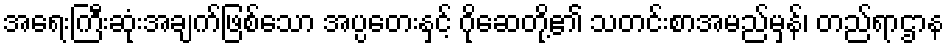
အရေးကြီးဆုံးအချက်ဖြစ်သော အပ္ပတေးနှင့် ဂိုဆေတို့၏ သတင်းစာအမည်မှန်၊ တည်ရာဌာန